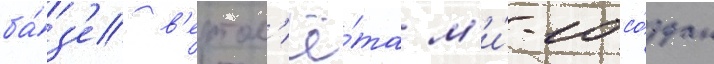
ба́з'е в'ертол'ё́та м'и́-10 со́здан